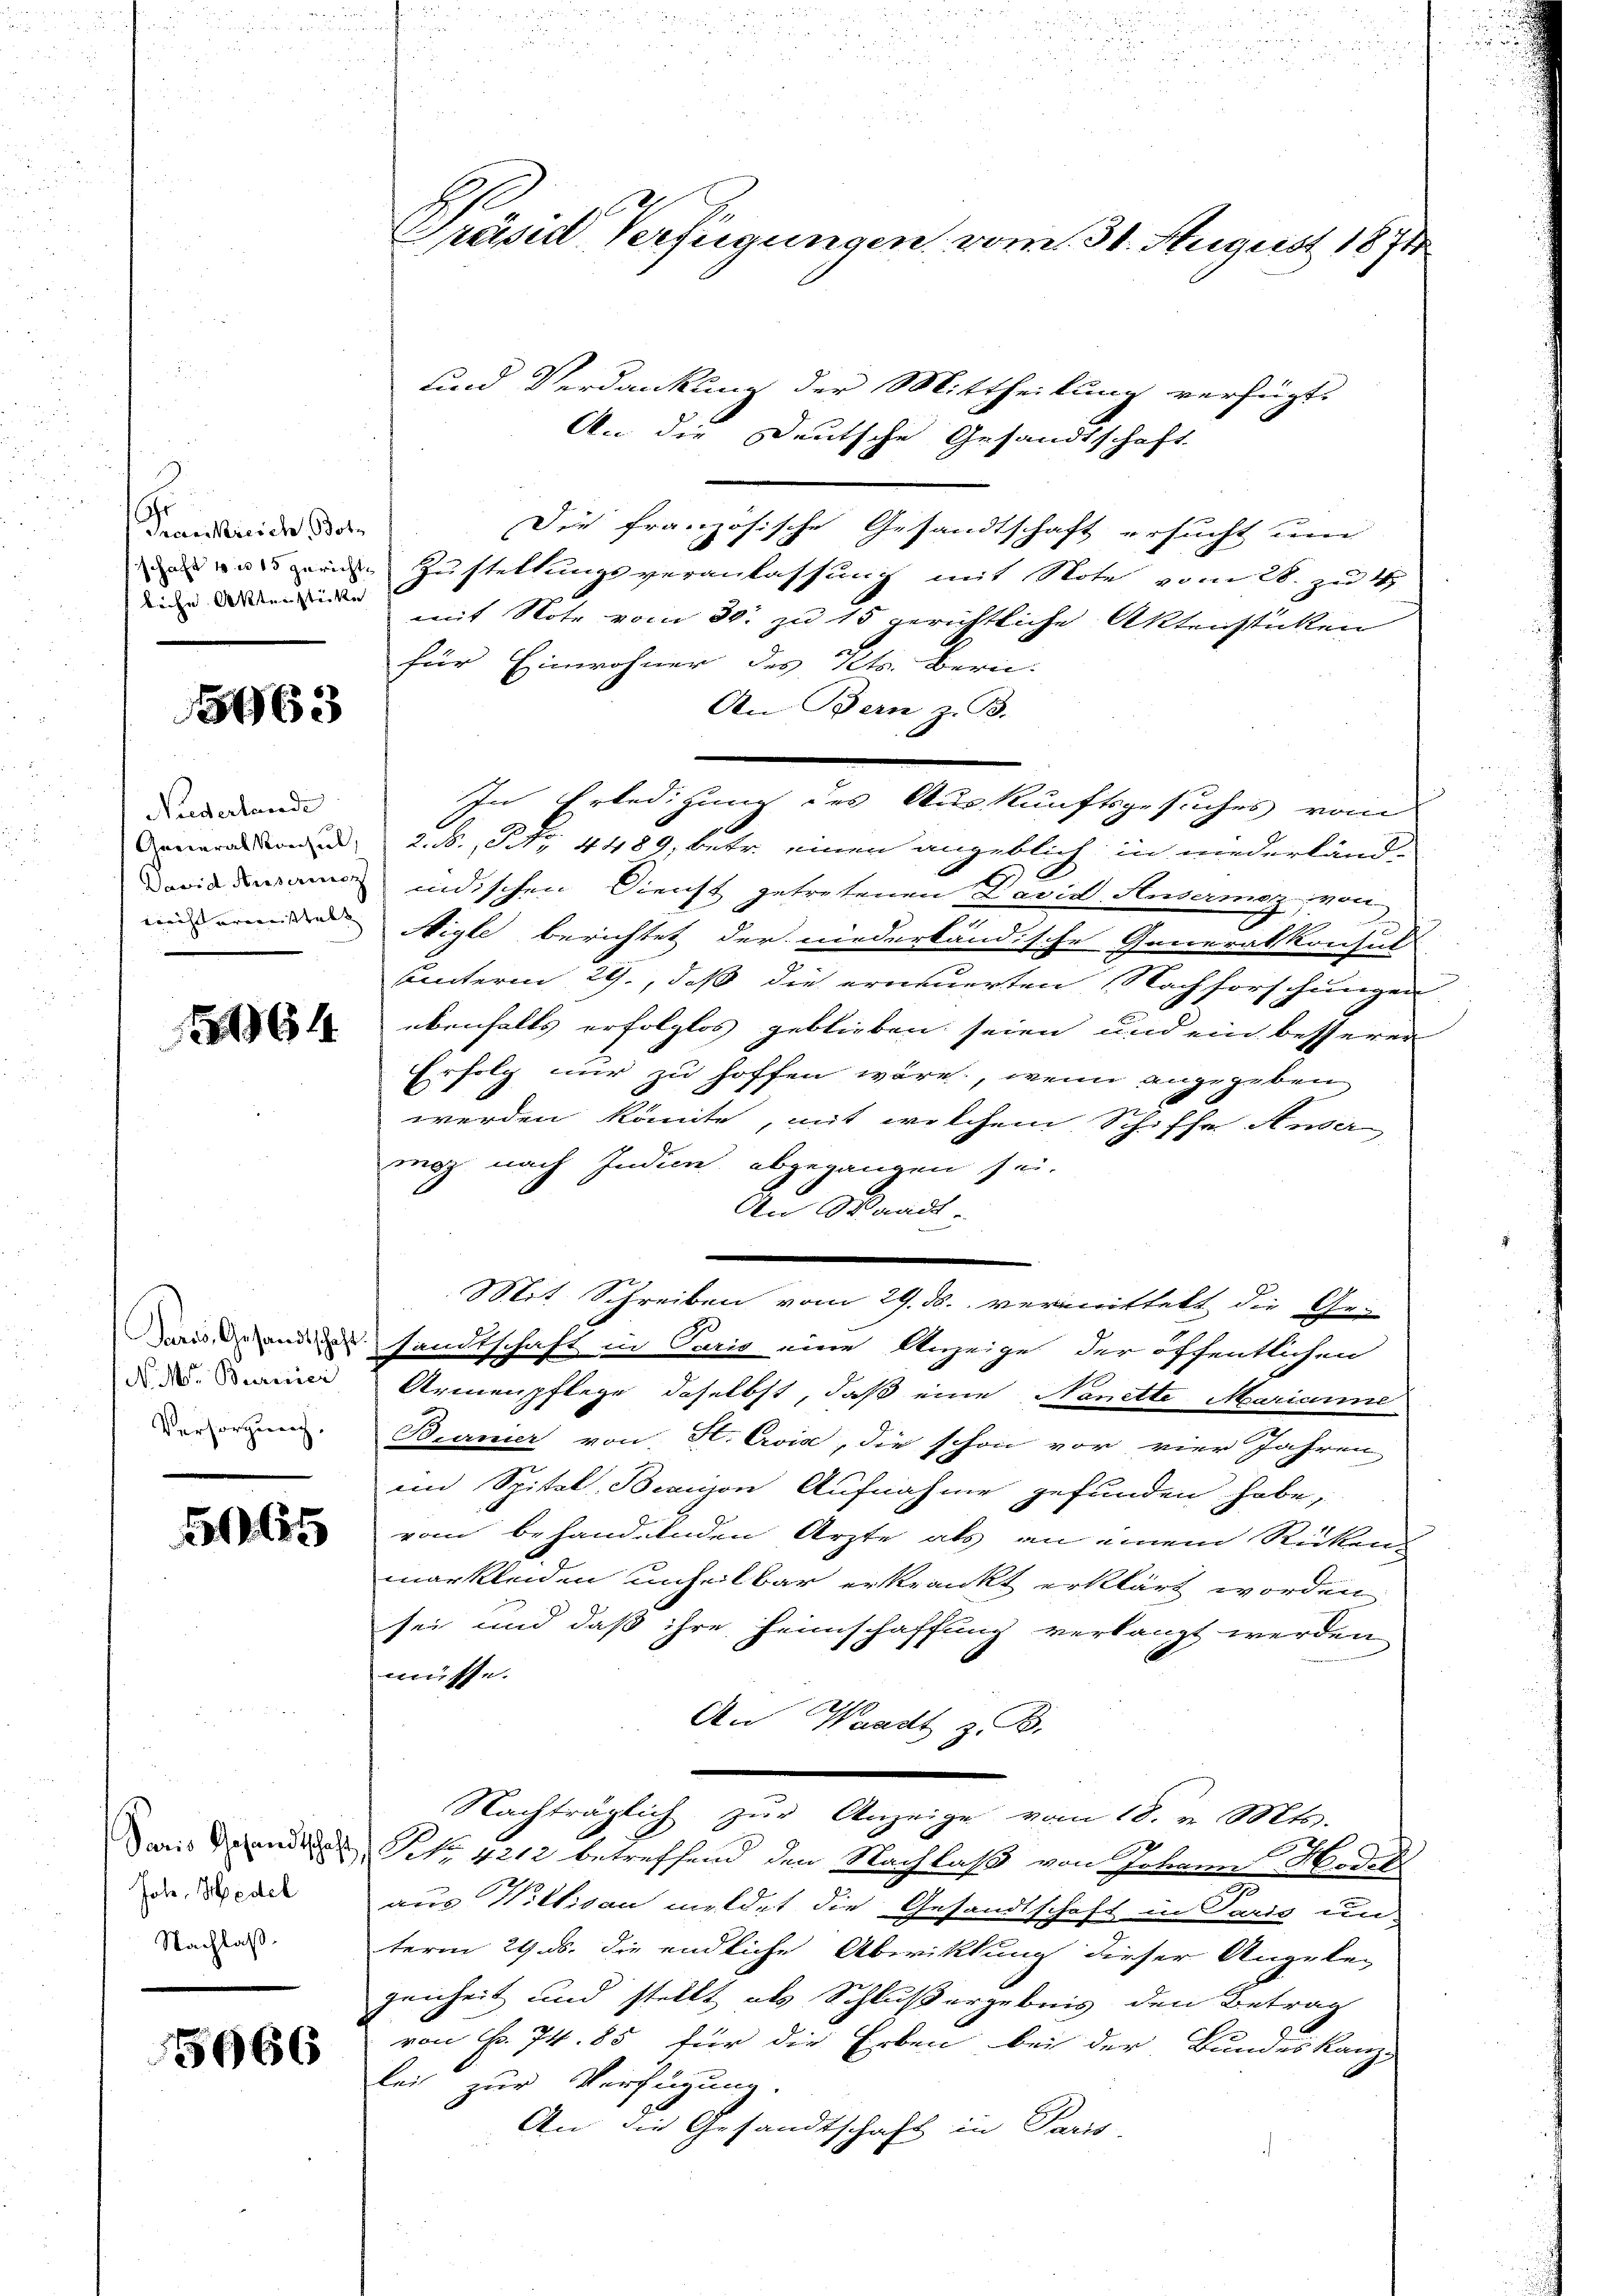
hr
Trankreich, Bote
liche Aktenstücke

5963

Niederlande

1464

N. M. Burner
Versorgung.

565

Paris Gesandtschaft
Joh. Medel
Nachlaß

5666

Präsid Verfügungen vom 31. August 1871

und Verdankung der Mittheilung verfügt:
An die Deutsche Gesandtschaft
Die französische Gesandtschaft ersucht um
uzern Zustellungsveranlassung mit Note vom 28. zu 4
mit Note vom 30. zu 15 gerichtliche Aktenstücken
für Einwohner des Kts. Bern.
An Bern, z. B.
eneralen, 2. S., Nr. 4489, betr. einen angeblich in wiederlände
idann indischen Dienst getretenen David Ausermaz, von
un werden Nigle berichtet der niederländische Generalkonsul
Unterm 29., daß die erneuerten Nachforschungen
ebenfalls erfolglos geblieben seien und ein besserer
Erfolg nur zu hoffen wäre, wenn angegeben
s
72
werden könnte, mit welchem Schiffe Ander
mag nach Indin, abgegangen sei.
An Waadt.
.
Mit Schreiben vom 29. ds. vermittelt die Ge-
Da und sandtschaft in Paris eine Anzeige der öffentlichen
Armenpflege daselbst, daß eine Nanette Marianne
Branier von H. Evia, die schon vor vier Jahren
im Spital, Baron Aufnahme gefunden habe,
vom behandelnden Ärzte als an einem Rücken-
markleiden unselbar erkrankt erklärt worden
sei und daß ihre Heimschaffung verlangt werden
müsse.
An Waadt z. B.
Nachträglich zŭr Anzeige vom 18. v. Mts.
NNo. 4212 betreffend den Nachlaß von Johann Hodek
aus Wittian meldet die Gesandtschaft in Paris un-
term 29. ds. die endliche Abwicklung dieser Angelegenheit und stellt als Schlußergebnis den Betrag
von Fr. 74. 85 für die Erben bei der Bundeskanz
lei zur Verfügung.
An die Gesandtschaft in Paris.

In Erledigung des Auskunftsgesuches vom